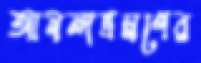
আনন্দভ্রমণের